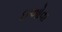
ઇઓવા